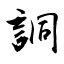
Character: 詷